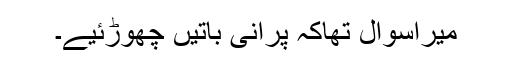
میراسوال تھاکہ پرانی باتیں چھوڑئیے۔